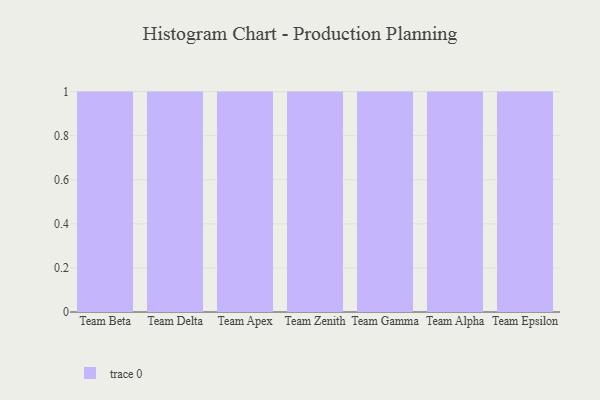
{"axis": {"x": "Team", "y": "Conversion Rate (%)"}, "legend": [""], "data": [{"x": "Team Beta", "y": 2, "type": ""}, {"x": "Team Delta", "y": 51, "type": ""}, {"x": "Team Apex", "y": 2, "type": ""}, {"x": "Team Zenith", "y": 67, "type": ""}, {"x": "Team Gamma", "y": 44, "type": ""}, {"x": "Team Alpha", "y": 85, "type": ""}, {"x": "Team Epsilon", "y": 68, "type": ""}]}